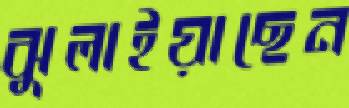
ঝুলাইয়াছেন